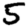
Digit: 5